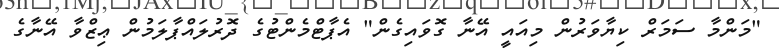
"މަންމާ ސަމަރް ކިޔާވަރުން މިއައީ އޭނާ ގޮވައިގެން" އެޕާޓްމެންޓުގެ ދޮރުލައްޕާލަމުން ޢިޒްވާ އޭނާގެ